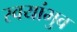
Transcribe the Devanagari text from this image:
स्वयांभुव